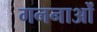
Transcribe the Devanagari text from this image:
गननाओं